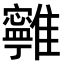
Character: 𩁔